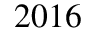
2 0 1 6